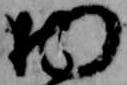
物